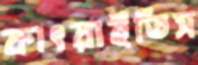
কাৎরাইতিস